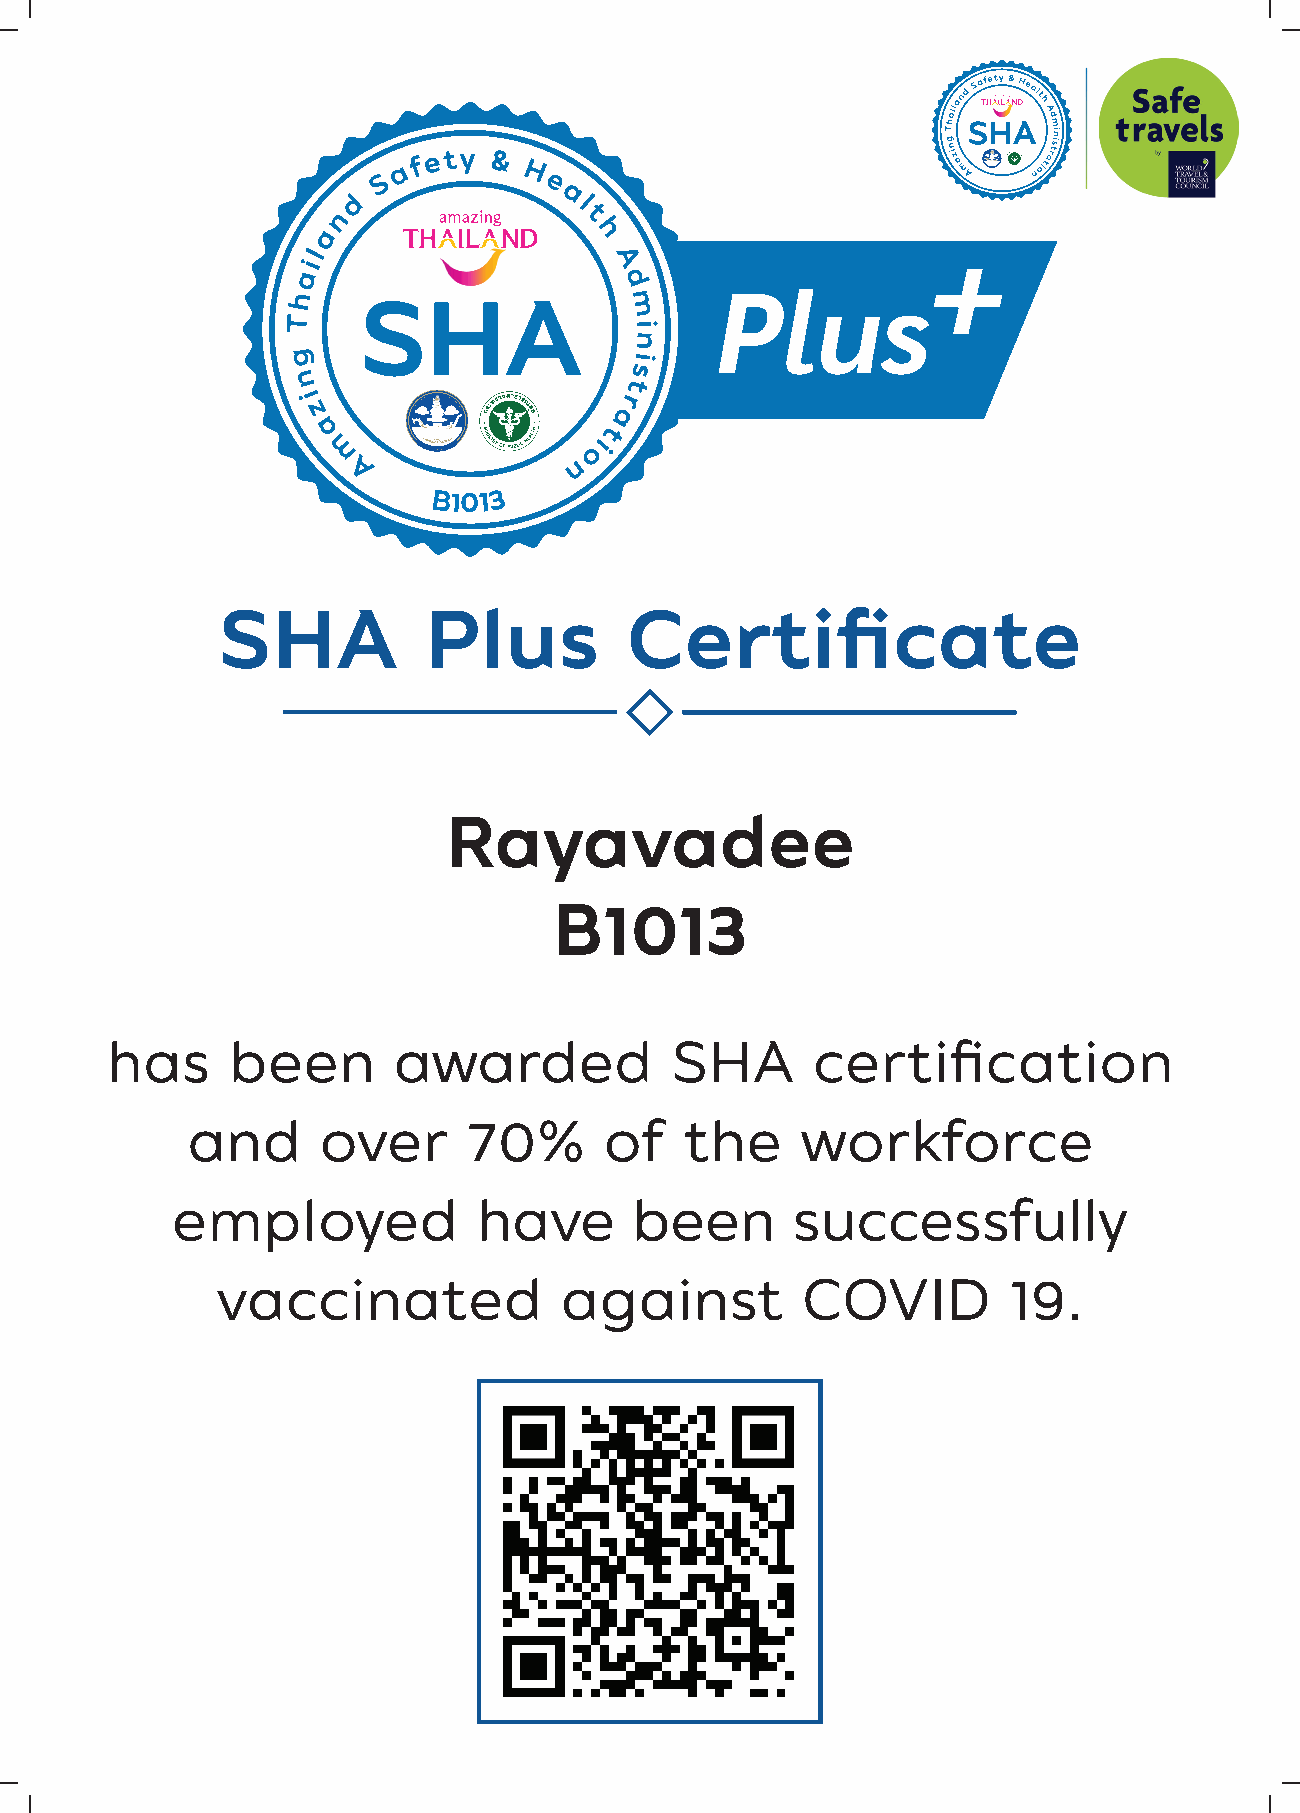
B1013
 SHA           Plus         Certificate
 Rayavadee
 B1013
 has     been       awarded           SHA       certification
 and      over      70%      of   the     workforce
 employed             have      been      successfully
 vaccinated             against         COVID         19.